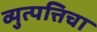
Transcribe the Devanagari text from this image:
व्युत्पत्तिचा